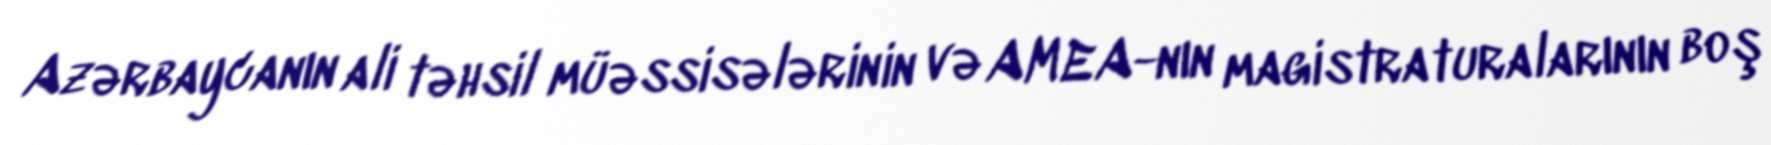
Azərbaycanın ali təhsil müəssisələrinin və AMEA-nın magistraturalarının boş